Lunatic asylums in Bengal annual reports 1912-1924 - 1912-1924
Year: 1912
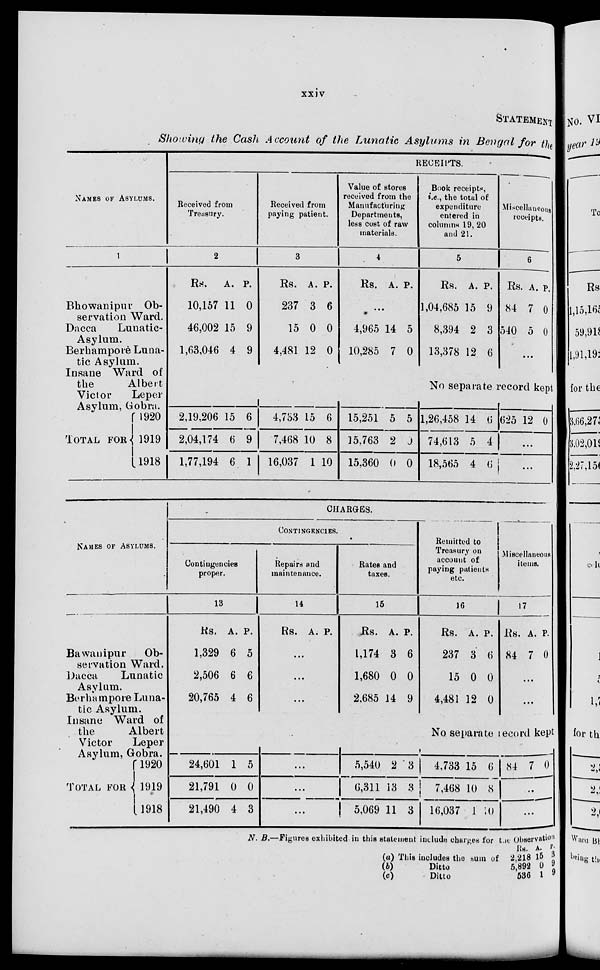
xxiv
STATEMENT
Showing the Cash Account of the Lunatic Asylums in Bengal for the
NAMES OF ASYLUMS.
1
Bhowanipur Ob-
servation Ward.
Dacca
Lunatic-
Asylum.
Berhampore Luna-
tic Asylum.
Insane Ward of
the
Albeit
Victor
Leper
Asylum, Gobra.
TOTAL FOR
1920
1919
1918
RECEIPTS.
Received from
Treasury.
2
Rs.
10,157
46,002
1,63,046
A.
11
15
4
P.
0
9
9
Received from
paying patient.
3
Rs.
237
15
4,481
A.
3
0
12
P.
6
0
0
Value of stores
received from the
Manufacturing
Departments,
less cost of raw
materials.
4
Rs. A. P.
...
4,965
10,285
14
7
5
0
Book receipts,
i.e., the total of
expenditure
entered in
columns 19, 20
and 21.
5
Rs.
1,04,685
8,394
13,378
A.
15
2
12
P.
9
3
6
Miscellaneous
receipts.
6
Rs
84
540
A.
7
5
P.
0
0
...
No separate record kept
2,19,206
2,04,174
1,77,194
15
6
6
6
9
1
4,733
7,468
16,037
15
10
1
6
8
10
15,251
15,763
15,360
5
2
0
5
0
0
1,26,458
74,613
18,565
14
5
4
6
4
6
625 12 0
...
...
NAMES OF ASYLUMS.
Bawanipur
Ob-
servation Ward.
Dacca
Lunatic
Asylum.
Berhampore Luna-
tic Asylum.
Insane Ward of
the
Albert
Victor
Leper
Asylum, Gobra.
TOTAL FOR
1920
1919
1918
CHARGES.
CONTINGENCIES.
Contingencies
proper.
13
Rs.
1,329
2,506
20,765
A.
6
6
4
P.
5
6
6
Repairs and
maintenance.
14
Rs. A. P.
...
...
...
Rates and
taxes.
15
Rs.
1,174
1,680
2,685
A.
3
0
14
P.
6
0
9
Remitted to
Treasury on
account of
paying patients
etc.
16
Rs.
237
15
4,481
A.
3
0
12
P.
6
0
0
Miscellaneous
items.
17
Rs.
84
A.
7
P.
0
...
...
No separate record kept
24,601
21,791
21,490
1
0
4
5
0
3
...
...
...
5,540
6,311
5,069
2
13
11
3
3
3
4,733
7,468
16,037
15
10
1
6
8
10
84 7 0
...
...
N. B.—Figures exhibited in this statement include charges for the Observation
(a)
(b)
(c)
This includes the sum of
Ditto
Ditto
Rs.
2,218
5,892
536
A.
15
0
1
P.
3
9 9